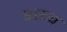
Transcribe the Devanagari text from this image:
श्स्य